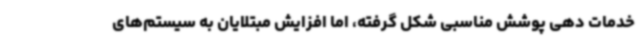
خدمات دهی پوشش مناسبی شکل گرفته، اما افزایش مبتلایان به سیستم‌های